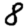
Digit: 8